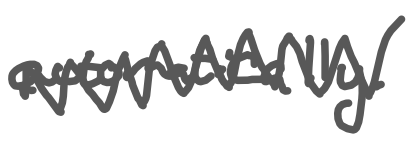
Text: automatically.
Cross-out: zig-zag
Writing tool: digital_gray